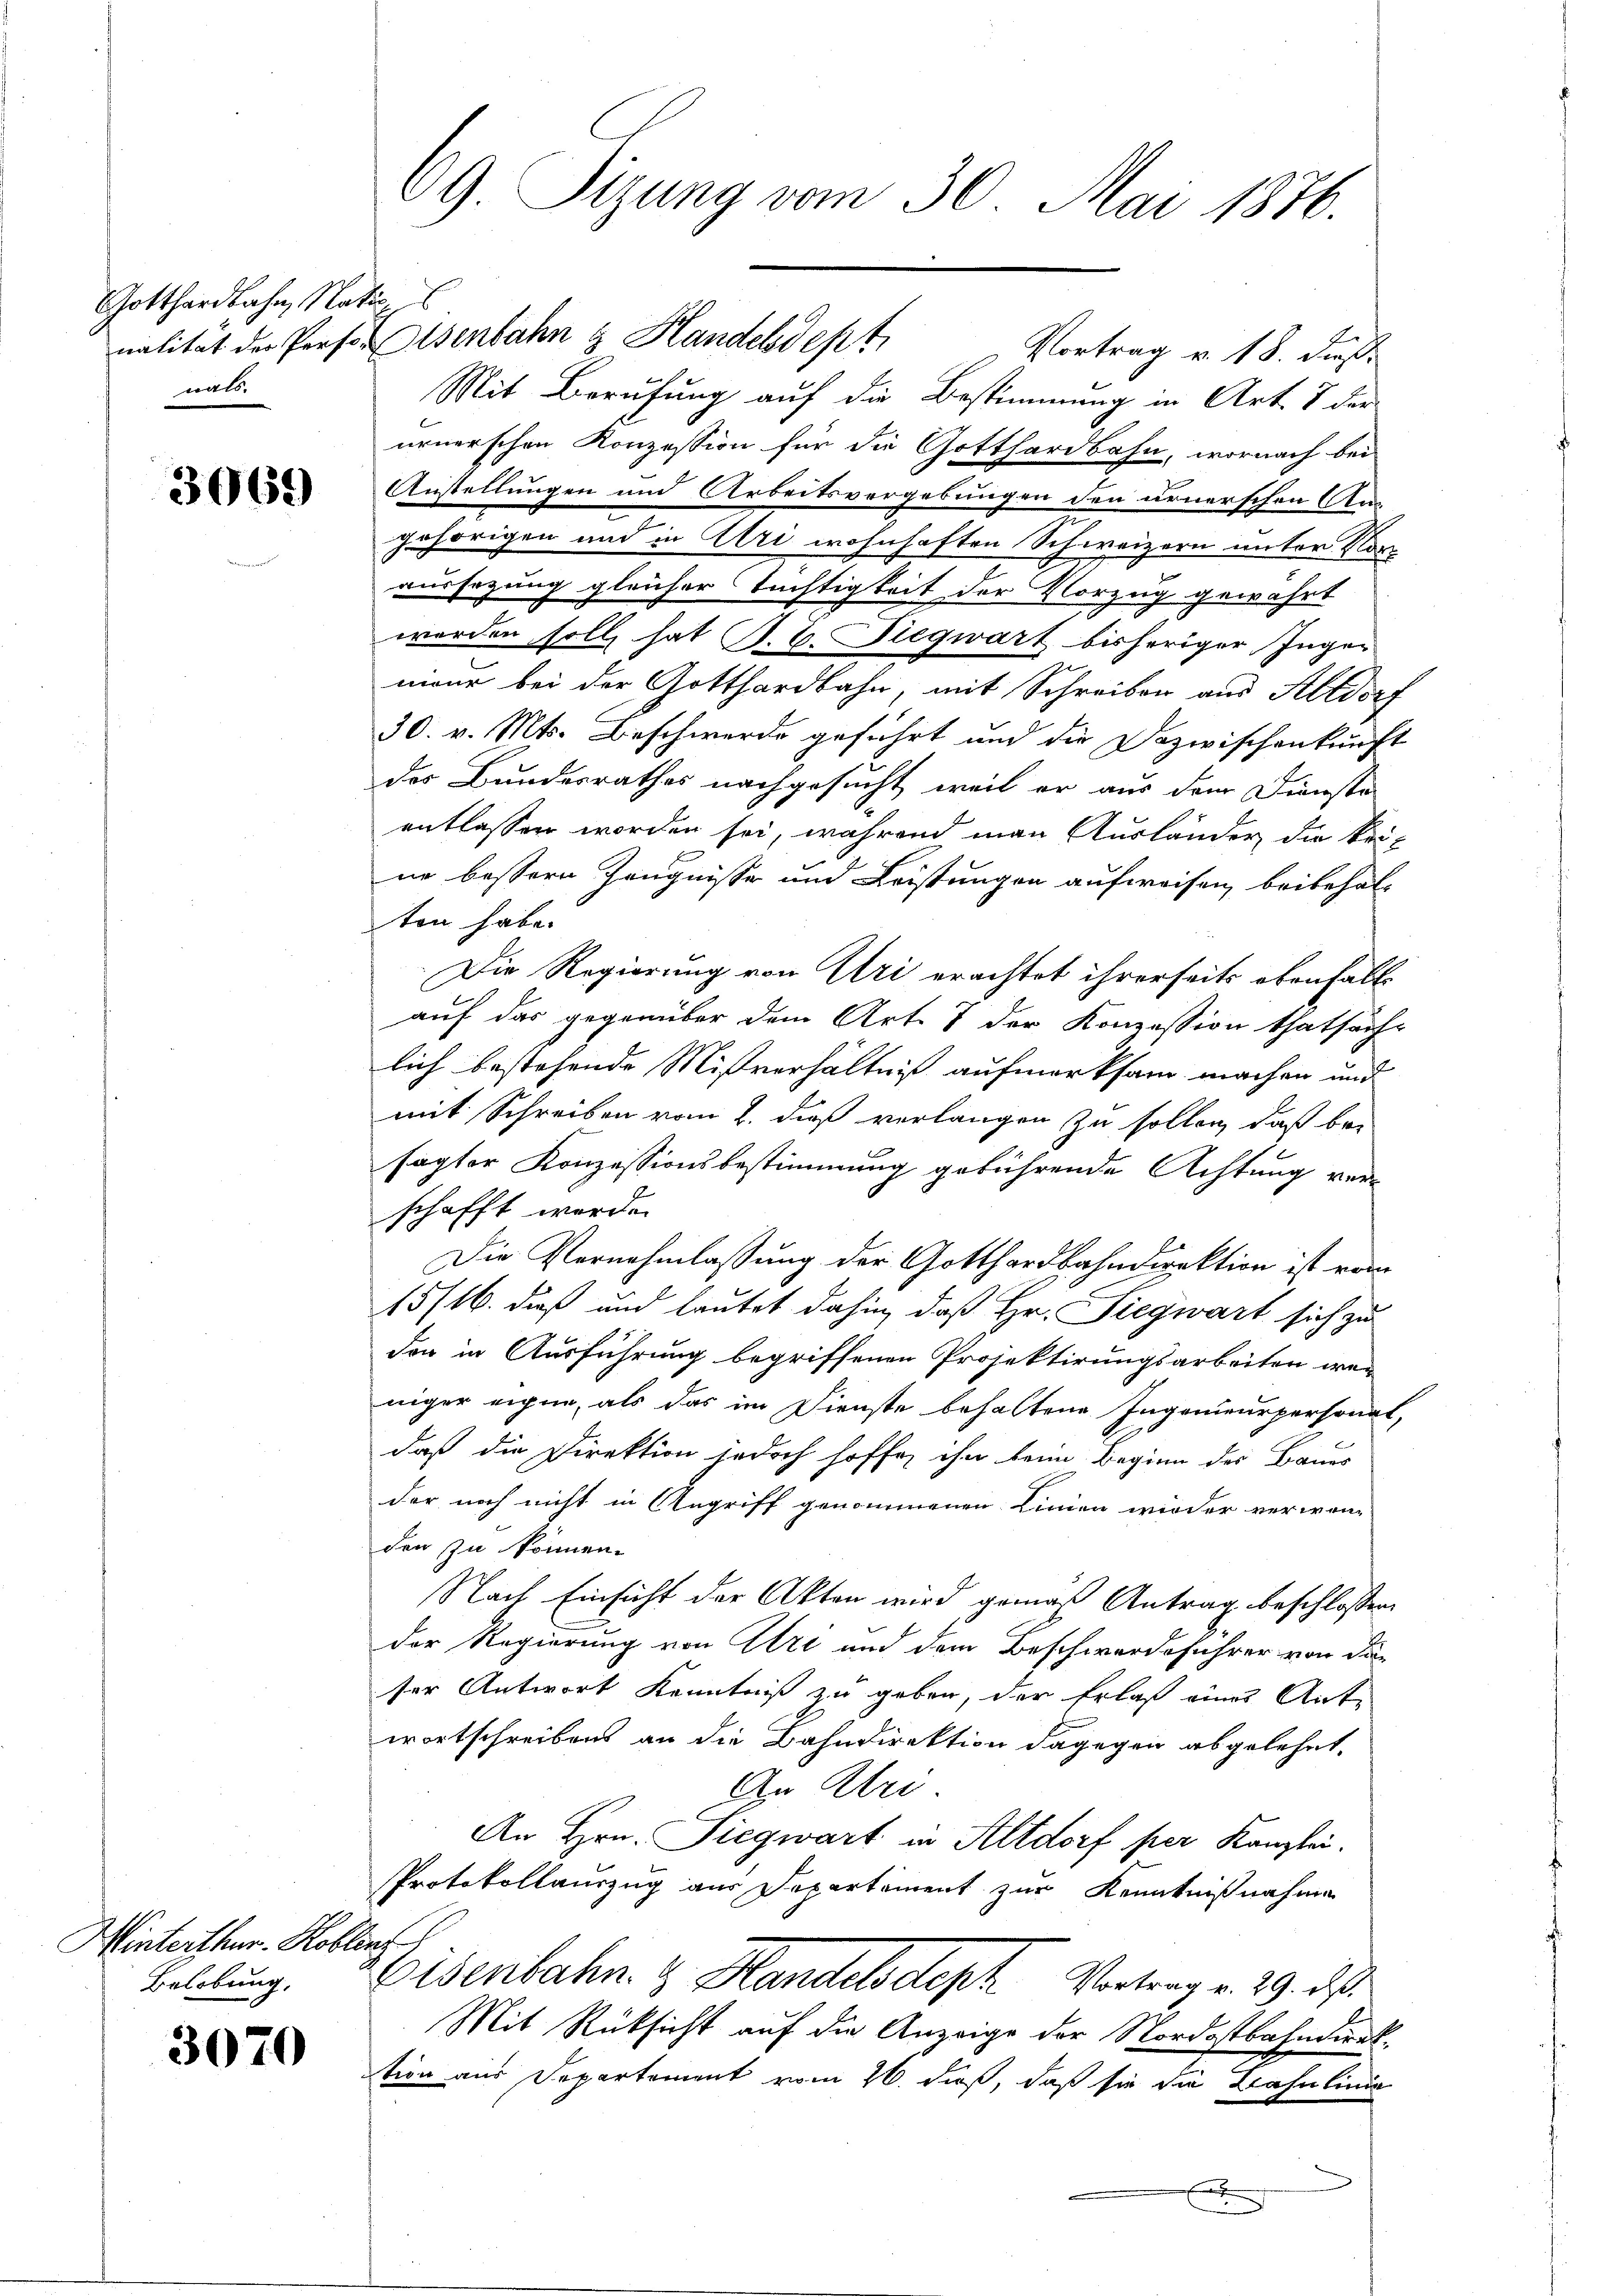
Gotthardbahn, Natio
nals.

3069

Hinterthur. Koblenz
Belobung,

3070

09. Sizung vom 30. Mai 1876.

nalität der Person Osenbahn & Handeldert
Vortrag v. 18. Fuß
Mit Berufung auf die Bestimmung in Art. 7 der
neuerschen Konzession für die Gotthardbahn, wornach bei
Anstellungen und Arbeitsvergebungen den urnerschen An-
gehörigen und in Uri wohnhaften Schweizern unter Vor
vursezung gleicher Tüchtigkeit der Vorzug gewährt
werden soll hat P. V. Begwart bisheriger Inger
maur bei der Gotthardbahn, mit Schreiben aus Altdorf
30. v. Mts. Beschwerde geführt und die Dazwischenkunft
des Bundesrathes nachgesucht, weil er aus dem Dienste
entlassen worden sei, während man Ausländer die Urine bessern Zeugnisse und Leistungen aufweisen, beibehal-
ton habe.
Die Regierung von Uri erachtet ihrerseits ebenfalls
auf das gegenüber dem Art. 7 der Konzession thatsäch-
lich bestehende Mißverhältniß aufmerksam machen und
mit Schreiben vom 2. dieß verlangen zu sollen, daß bei
sagter Konzessionsbestimmung gebührende Achtung ver-
schafft werde.
Die Vernehmlassung der Gotthardbahndirektion ist vom
15/16. daß und lautet dahin, daß Hr. Siegwart sich zu
der in Ausführung begriffenen Projektirungsarbeiten wer
niger eigne, als das im Dienste behaltene Ingenieurpersonat,
daß die Direktion jedoch hoffe, ihn beim Beginn des Bauer
der noch nicht in Angriff genommenen Linien wieder verwanden zu können.
Nach Einsicht der Akten wird gemäß Antrag beschlossen
der Regierung von Art und dem Beschwerdeführer von der
ser Antwort Kenntniß zu geben, der Erlaß eines Antwortschreibens an die Bahndirektion dagegen abgelehnt.
An Uri
An Hrn. Siegwart in Altdorf per Kanzlei.
Protokollauszug aus Departement zur Kenntnißnahme
Eisenbahn.  Handels dept Vortrag v. 29. ds.
Mit Rücksicht auf die Anzeige der Nordostbahndunktion aus Departement vom 26. dieß, daß sie die Krasulinie